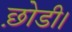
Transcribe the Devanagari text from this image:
छ़ोडी।